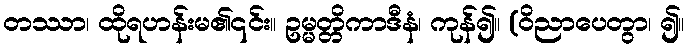
တဿာ၊ ထိုရဟန်းမ၏၎င်း။ ဥမ္မတ္တိကာဒီနံ၊ ကုန်၍။ (ဝိညာပေတွာ၊ ၍။